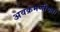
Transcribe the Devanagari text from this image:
अवक्रमणीयता